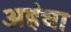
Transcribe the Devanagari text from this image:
अहंचा